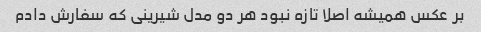
بر عکس همیشه اصلا تازه نبود هر دو مدل شیرینی که سفارش دادم